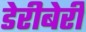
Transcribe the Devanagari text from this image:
डेरीबेरी